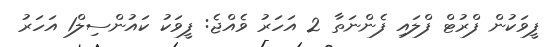
ފީވަކުން ފްރުޓް ފްލައި ފެންނަތާ 2 އަހަރު ވެއްޖެ: ފީވަކު ކައުންސިލް1 އަހަރު